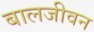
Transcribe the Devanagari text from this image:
बालजीवन